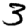
Digit: 3